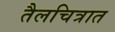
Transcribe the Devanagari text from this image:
तैलचित्रात